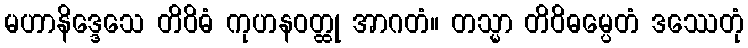
မဟာနိဒ္ဒေသေ တိဝိဓံ ကုဟနဝတ္ထု အာဂတံ။ တသ္မာ တိဝိဓမ္ပေတံ ဒဿေတုံ